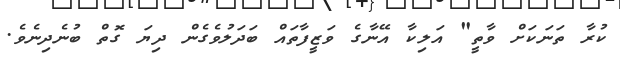
ކުރާ ތަނަކަށް ވާތީ" އަލިކާ އޭނާގެ ވަޒީފާތައް ބަދަލުވެގެން ދިޔަ ގޮތް ބުނެދިނެވެ.